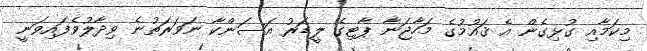
މިކަމާއި ގުޅިގެން އެ ޤައުމުގެ މަހާޖަނާ ޕާޓިގެ ލީޑަރު އަސަންކާ ނަވަރަތުނެ ވިދާލުވެފައިވަނީ